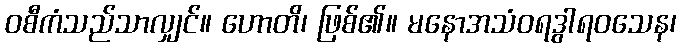
ဝစီကံသည်သာလျှင်။ ဟောတိ၊ ဖြစ်၏။ မနောအသံဝရဒွါရဝသေန၊